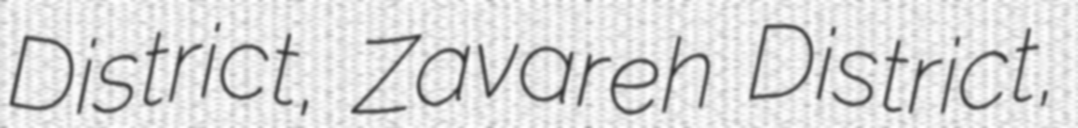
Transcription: District, Zavareh District,